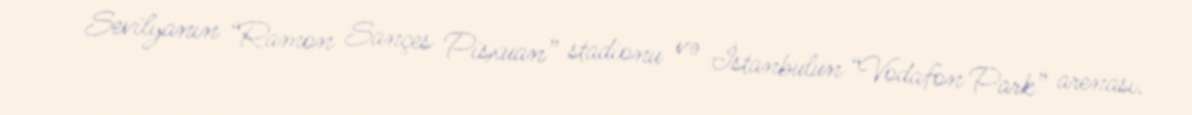
Sevilyanın “Ramon Sançes Pisxuan” stadionu və İstanbulun “Vodafon Park” arenası.